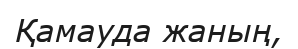
Қамауда жаның,